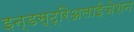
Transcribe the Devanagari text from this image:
इन्डस्ट्रिअलाईज़ेशन